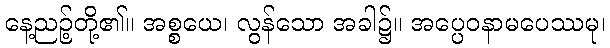
နေ့ညဉ့်တို့၏။ အစ္စယေ၊ လွန်သော အခါ၌။ အပ္ပေဝနာမပေဿမု၊